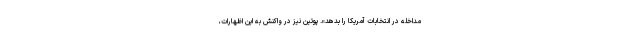
مداخله در انتخابات آمریکا را بدهد». پوتین نیز در واکنش به این اظهارات،